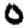
Digit: 0